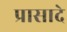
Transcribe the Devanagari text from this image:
प्रासादे